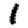
Digit: 1